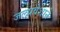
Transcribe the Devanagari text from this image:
जलप्रवेशाने